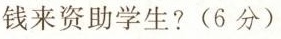
钱来资助学生?(6分)